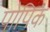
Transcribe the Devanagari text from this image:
पोपिक